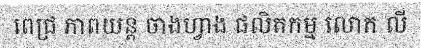
ពេជ្រ ភាពយន្ត ចាងហ្វាង ផលិតកម្ម លោក លី